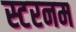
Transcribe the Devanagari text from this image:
स्टरनम